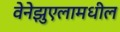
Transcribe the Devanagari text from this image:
वेनेझुएलामधील